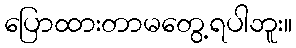
ပြောထားတာမတွေ့ရပါဘူး။